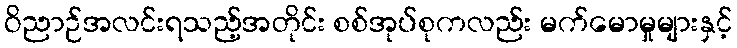
ဝိညာဉ်အလင်းရသည့်အတိုင်း စစ်အုပ်စုကလည်း မက်မောမှုများနှင့်